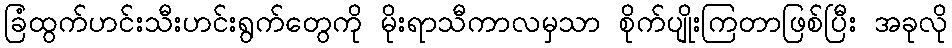
ခြံထွက်ဟင်းသီးဟင်းရွက်တွေကို မိုးရာသီကာလမှသာ စိုက်ပျိုးကြတာဖြစ်ပြီး အခုလို